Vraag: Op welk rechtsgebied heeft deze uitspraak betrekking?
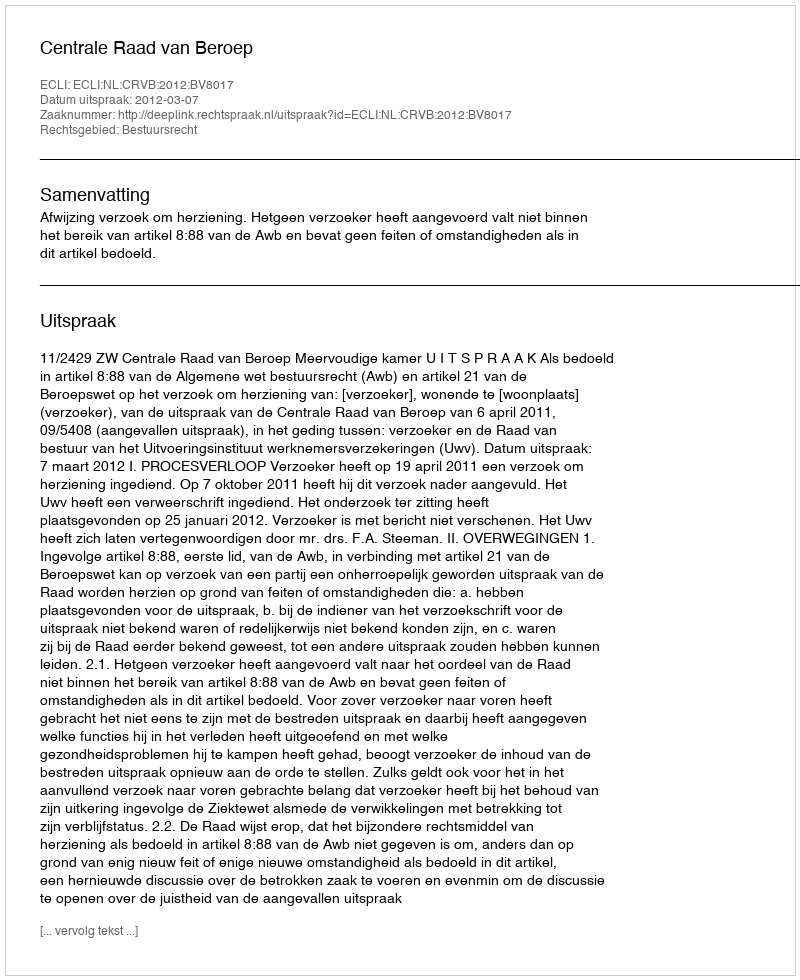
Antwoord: Bestuursrecht